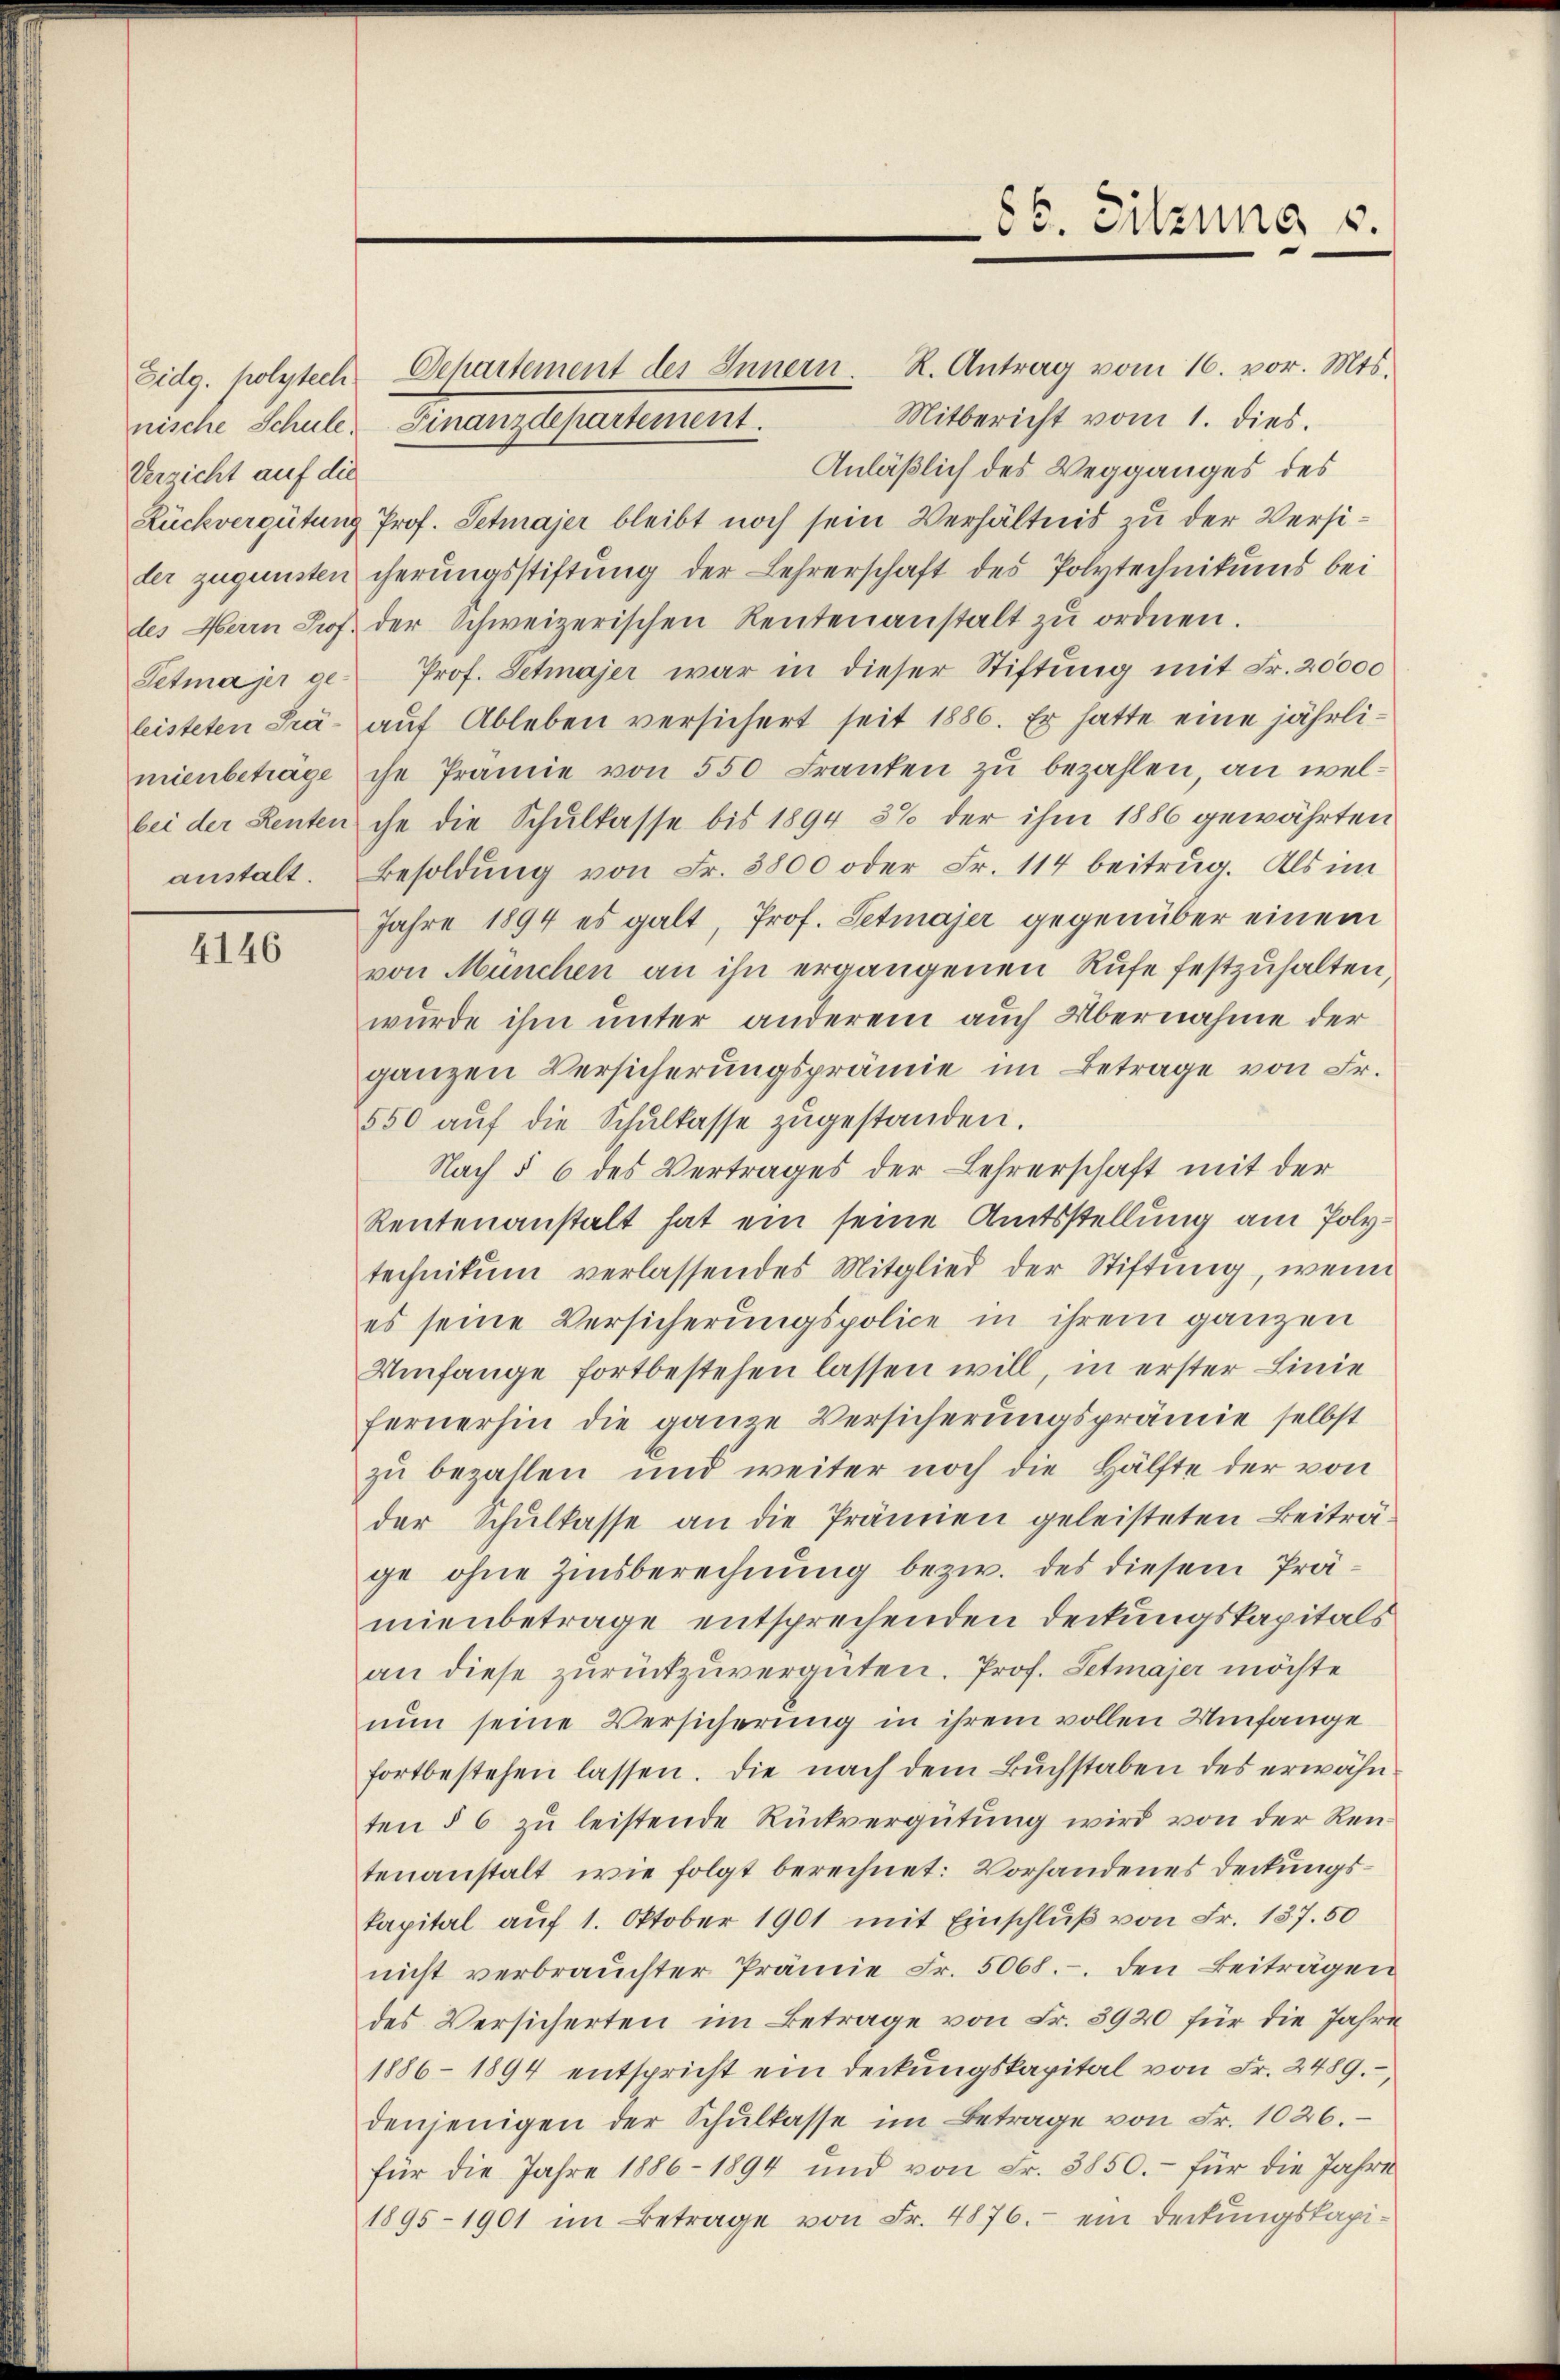
Eidg. polytech
nische Schule.
Verricht auf die
Petma jer ge-

4146

Departement des Innern. R. Antrag vom 16. vor. Mts.
Mitbericht vom 1. dies.
Finanzdepartement.
Anläßlich des Wegganges des
Rückvergütung Prof. Petmajer bleibt noch sein Verhältnis zu der Versider zugunsten cherŭngsstiftŭng der Lehrerschaft des Polytechnikums bei
des Herrn Prof. der Schweizerischen Rentenanstalt zŭ ordnen.
Prof. Setmajer war in dieser Stiftung mit Fr. 20000
leisteten Prä- aŭf Ableben versichert seit 1886. Er hatte eine jährlimienbetrage ihr Prämie von 550 Franken zŭ bezahlen, an welbei der Renten ihn die Schulkasse bis 1894 5% der ihm 1886 gewährten
anstalt. Besoldung von Fr. 3800 oder Fr. 114 beitrug. Als im
Jahre 1894 es galt, Prof. Petmajer gegenüber einem
von München an ihn ergangenen Rufe festzuhalten,
wurde ihm unter anderem auch Übernahme der
ganzen Versicherungsprämie im Betrage von Fr.
550 aŭf die Schŭlkasse zŭgestanden.
Nach § 6 des Vertrages der Lehrerschaft mit der
Rentenanstalt hat ein seine Amtsstellung am Polytechnikum verlassendes Mitglied der Stiftung, wenn
es seine Versicherungspolice in ihrem ganzen
Umfange fortbestehen lassen will, in erster Linie
fernerhin die ganze Versicherungsprämie selbst
zu bezahlen und weiter noch die Hälfte der von
der Schŭlkasse an die Prämien geleisteten Beiträge ohne Zinsberechnung bezw. des diesem Prämienbetrage entsprechenden Deckungskapitals
an diese zurückzuvergüten. Prof. Setmajer möchte
nun seine Versicherung in ihrem vollen Umfange
fortbestehen lassen. Die nach dem Buchstaben des erwähnten § 6 zŭ leistende Rückvergütung wird von der Ren-
tenanstalt, wie folgt berechnet: Vorhandenes Deckungskapital aŭf 1. Oktober 1901 mit Einschluß von Fr. 137. 50
nicht verbrauchter Prämie Fr. 5068.- den Beiträgen
des Versicherten im Betrage von Fr. 3920 für die Jahre
1886-1894 entspricht ein Deckungskapital von Fr. 2489.
denjenigen der Schŭlkasse im Betrage von Fr. 1026.
für die Jahre 1886-1894 und von Fr. 3850.- für die Jahre
1895-1901 im Betrage von Fr. 4876. ein Deckungskapi-

86. Sitzung s.